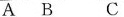
A B C